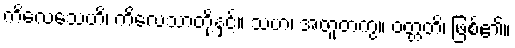
ကိလေသေဟိ၊ ကိလေသာတို့နှင့်။ သဟ၊ အတူတကွ။ ဝတ္တတိ၊ ဖြစ်၏။